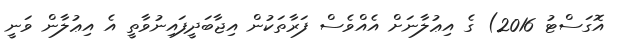
އޮގަސްޓު 2016) ގެ އިޢުލާނަށް އެއްވެސް ފަރާތަކުން އިޖާބަދީފައިނުވާތީ އެ އިޢުލާން ވަނީ